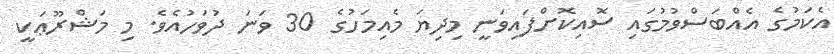
އެކަމުގެ އެއްބަސްވުމުގައި ސޮއިކޮށްފައިވަނީ މިދިޔަ މެއިމަހުގެ 30 ވަނަ ދުވަހުއެވެ. މި މަޝްރޫޢަކީ